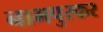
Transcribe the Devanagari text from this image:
नागपुरकर